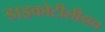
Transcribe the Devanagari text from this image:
डाइकोटीलीडान